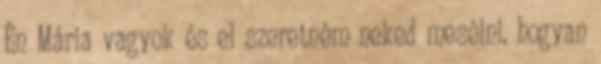
Én Mária vagyok és el szeretném neked mesélni, hogyan